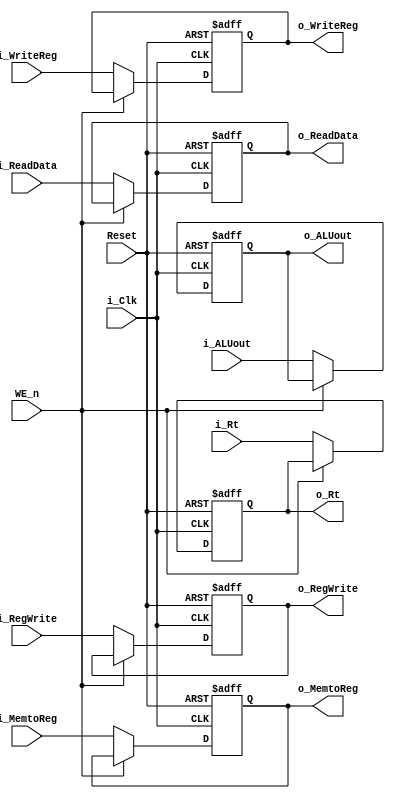

module RegisterM (
	input Reset,
	input WE_n,
	input i_Clk,
	input [31:0] i_ReadData,
	input [31:0] i_ALUout,
	input [4:0] i_WriteReg,
	input i_RegWrite, 
	input [1:0] i_MemtoReg,
	input [4:0] i_Rt,
	output reg [31:0] o_ReadData,
	output reg [31:0] o_ALUout,
	output reg [4:0] o_WriteReg,
	output reg o_RegWrite, 
	output reg [1:0] o_MemtoReg,
	output reg [4:0] o_Rt
);

always @(posedge i_Clk, negedge Reset) begin 
	if (~Reset) o_ReadData <= 0;
	else if (~WE_n) o_ReadData <= i_ReadData;
end

always @(posedge i_Clk, negedge Reset) begin 
	if (~Reset) o_ALUout <= 0;
	else if (~WE_n) o_ALUout <= i_ALUout;
end

always @(posedge i_Clk, negedge Reset) begin 
	if (~Reset) o_WriteReg <= 0;
	else if (~WE_n) o_WriteReg <= i_WriteReg;
end

always @(posedge i_Clk, negedge Reset) begin
	if (~Reset) o_RegWrite <= 0;
	else if (~WE_n) o_RegWrite <= i_RegWrite;
end

always @(posedge i_Clk, negedge Reset) begin 
	if (~Reset) o_MemtoReg <= 0;
	else if (~WE_n) o_MemtoReg <= i_MemtoReg;
end

always @(posedge i_Clk, negedge Reset) begin 
	if (~Reset) o_Rt <= 0;
	else if (~WE_n) o_Rt <= i_Rt;
end
endmodule